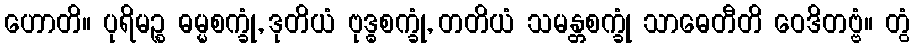
ဟောတိ။ ပုရိမဉ္စ ဓမ္မစက္ခုံ, ဒုတိယံ ဗုဒ္ဓစက္ခုံ, တတိယံ သမန္တစက္ခုံ သာဓေတီတိ ဝေဒိတဗ္ဗံ။ တွံ